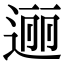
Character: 逦